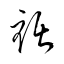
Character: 裾